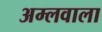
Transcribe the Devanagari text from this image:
अम्लवाला